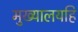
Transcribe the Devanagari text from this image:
मुख्यालयहि